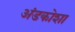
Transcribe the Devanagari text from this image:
अंडकोशा